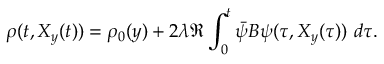
\rho ( t , X _ { y } ( t ) ) = \rho _ { 0 } ( y ) + 2 \lambda \Re \int _ { 0 } ^ { t } \Bar { \psi } B \psi ( \tau , X _ { y } ( \tau ) ) \ d \tau .